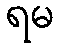
ရမ